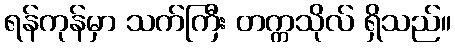
ရန်ကုန်မှာ သက်ကြီး တက္ကသိုလ် ရှိသည်။